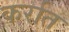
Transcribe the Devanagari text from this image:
कर्रात